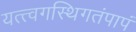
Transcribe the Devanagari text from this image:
यत्त्वगस्थिगतंपापं